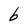
Character: b